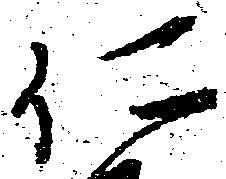
仁